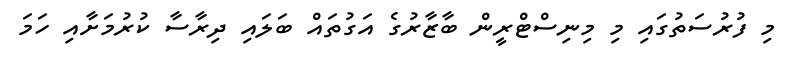
މި ފުރުސަތުގައި މި މިނިސްޓްރީން ބާޒާރުގެ އަގުތައް ބަލައި ދިރާސާ ކުރުމަށާއި ހަމަ